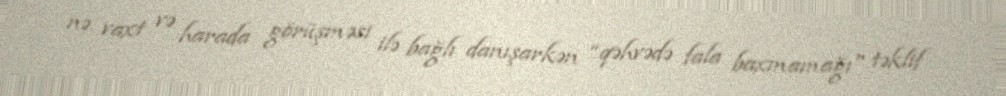
nə vaxt və harada görüşməsi ilə bağlı danışarkən “qəhvədə fala baxmamağı" təklif